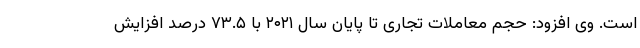
است. وی افزود: حجم معاملات تجاری تا پایان سال ۲۰۲۱ با ۷۳.۵ درصد افزایش